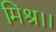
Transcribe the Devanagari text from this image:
मिश्र।।